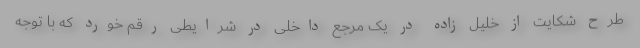
طرح شکایت از خلیل زاده در یک مرجع داخلی در شرایطی رقم خورد که با توجه